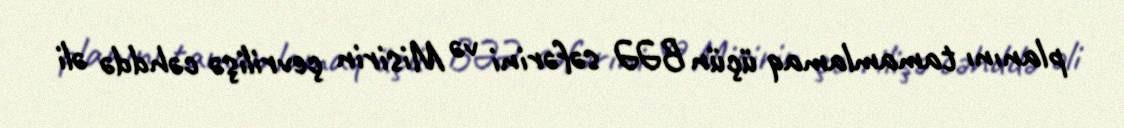
planını tamamlamaq üçün BƏƏ səfərini və Misirin çevrilişə cəhddə əli